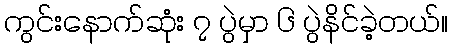
ကွင်းနောက်ဆုံး ၇ ပွဲမှာ ၆ ပွဲနိင်ခဲ့တယ်။